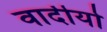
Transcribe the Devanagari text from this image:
वादीयो